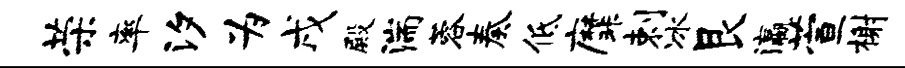
荣率汐为戌殿湍蓉奏低縻剌冰艮瀛萱榭